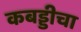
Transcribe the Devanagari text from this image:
कबड्डीचा